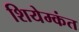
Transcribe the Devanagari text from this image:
शियेम्कंत